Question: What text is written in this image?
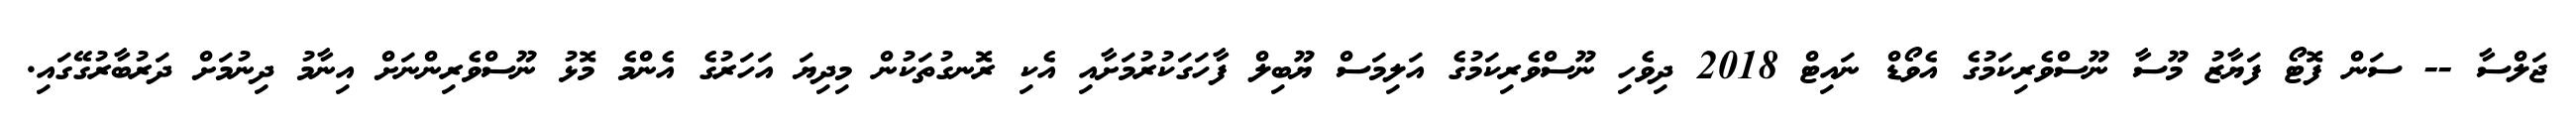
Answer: ޖަލްސާ -- ސަން ފޮޓޯ ފަޔާޒު މޫސާ ނޫސްވެރިކަމުގެ އެވޯޑް ނައިޓް 2018 ދިވެހި ނޫސްވެރިކަމުގެ އަލިމަސް ޔޫބިލް ފާހަގަކުރުމަށާއި އެކި ރޮނގުތަކުން މިދިޔަ އަހަރުގެ އެންމެ މޮޅު ނޫސްވެރިންނަށް އިނާމު ދިނުމަށް ދަރުބާރުގޭގައި.